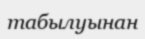
табылуынан